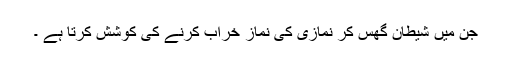
جن میں شیطان گھس کر نمازی کی نماز خراب کرنے کی کوشش کرتا ہے ۔